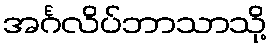
အင်္ဂလိပ်ဘာသာသို့